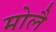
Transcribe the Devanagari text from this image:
मोलै